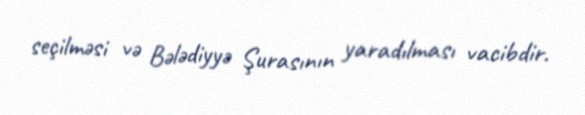
seçilməsi və Bələdiyyə Şurasının yaradılması vacibdir.